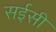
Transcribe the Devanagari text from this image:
सईसी